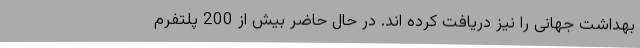
بهداشت جهانی را نیز دریافت کرده اند. در حال حاضر بیش از 200 پلتفرم